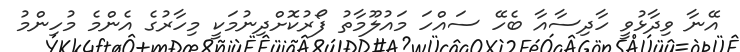
އޭނާ ވިދާޅުވީ ހާދިސާއާ ބެހޭ ސައްހަ މައުލޫމާތު ފޯރުކޮށްދިނުމަކީ މިހާރުގެ އެންމެ މުހިންމު